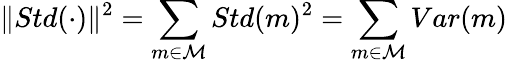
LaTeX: \| Std(\cdot)\| ^{2}=\sum_{m\in\mathcal{M}}Std(m)^{2}=\sum_{m\in\mathcal{M}}Var(m)